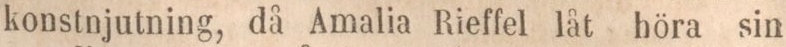
konstnjutning, då Amalia Rieffel låt höra sin